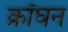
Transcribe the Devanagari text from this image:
क्रॉघन